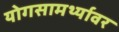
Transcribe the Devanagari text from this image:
योगसामर्थ्यावर